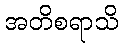
အတိစရာသိ